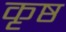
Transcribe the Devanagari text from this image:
कृष्ठ